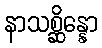
နာသစ္ဆိန္နော